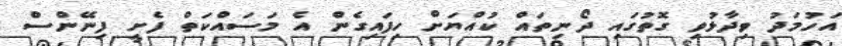
އަހުމަދު ވިދާޅުވި ގޮތުގައި ދޯނިތައް ކުއްޔަށް ހިފައިގެން އެ މަސައްކަތް ފެށީ ފިނޭންސް